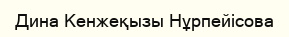
Дина Кенжеқызы Нұрпейісова